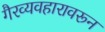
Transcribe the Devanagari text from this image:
गैरव्यवहारावरून